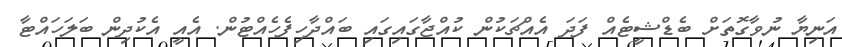
އަނިޔާ ނުވާގޮތަށް ބެޑްޝީޓެއް ފަދަ އެއްޗަކުން ކުއްޖާގައިގައި ބައްދާހިފެހެއްޓުން. އެއީ އެކުދިން ބަލަހައްޓާ